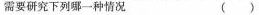
需要研究下列哪一种情况